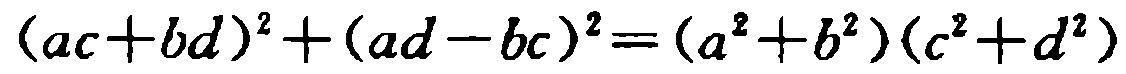
\((ac + bd)^2+(ad - bc)^2=(a^2 + b^2)(c^2 + d^2)\)